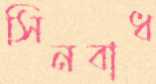
সিনবাধ